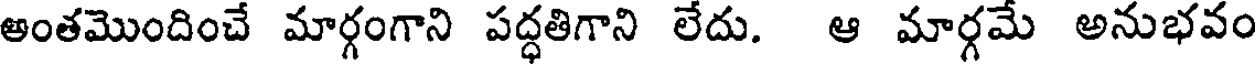
అంతమొందించే మార్గంగాని పద్ధతిగాని లేదు. ఆ మార్గమే అనుభవం